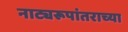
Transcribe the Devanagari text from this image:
नाट्यरूपांतराच्या